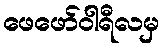
ဖေဖော်ဝါရီလမှ